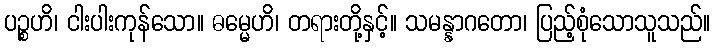
ပဉ္စဟိ၊ ငါးပါးကုန်သော။ ဓမ္မေဟိ၊ တရားတို့နှင့်။ သမန္နာဂတော၊ ပြည့်စုံသောသူသည်။